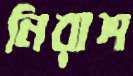
নিরাশ